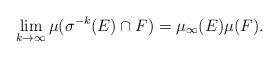
LaTeX: \begin{align*}\lim_{k\rightarrow\infty}\mu(\sigma^{-k}(E)\cap F)=\mu_\infty(E)\mu(F).\end{align*}